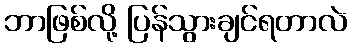
ဘာဖြစ်လို့ ပြန်သွားချင်ရတာလဲ